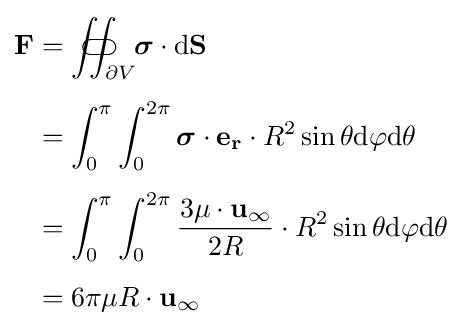
{\begin{aligned}\mathbf {F} &=\iint _{\partial V}\!\!\!\!\!\!\!\!\!\!\!\!\!\!\subset \!\supset \;{\boldsymbol {\sigma }}\cdot {\text{d}}\mathbf {S} \\[4pt]&=\int _{0}^{\pi }\int _{0}^{2\pi }{\boldsymbol {\sigma }}\cdot \mathbf {e_{r}} \cdot R^{2}\sin \theta {\text{d}}\varphi {\text{d}}\theta \\[4pt]&=\int _{0}^{\pi }\int _{0}^{2\pi }{\frac {3\mu \cdot \mathbf {u} _{\infty }}{2R}}\cdot R^{2}\sin \theta {\text{d}}\varphi {\text{d}}\theta \\[4pt]&=6\pi \mu R\cdot \mathbf {u} _{\infty }\end{aligned}}